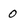
Character: 0